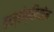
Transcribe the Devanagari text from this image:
कन्सेप्सियॉन